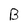
Character: B